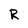
Character: R